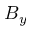
B _ { y }